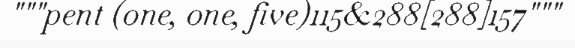
"""pent (one, one, five)115&288[288]157"""